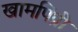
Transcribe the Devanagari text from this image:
खामपिंप्री